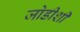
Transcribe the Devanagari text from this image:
जोडीशी